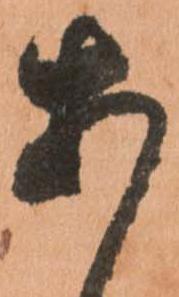
あ